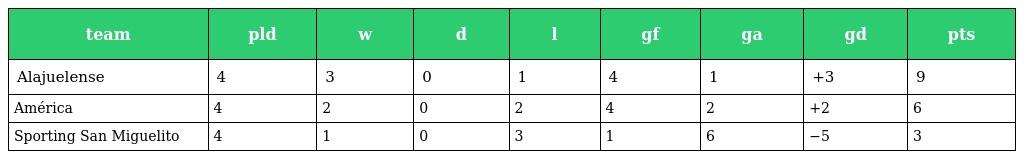
| team | pld | w | d | l | gf | ga | gd | pts |
 | --- | --- | --- | --- | --- | --- | --- | --- | --- |
 | Alajuelense | 4 | 3 | 0 | 1 | 4 | 1 | +3 | 9 |
 | América | 4 | 2 | 0 | 2 | 4 | 2 | +2 | 6 |
 | Sporting San Miguelito | 4 | 1 | 0 | 3 | 1 | 6 | −5 | 3 |